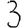
Digit: 3